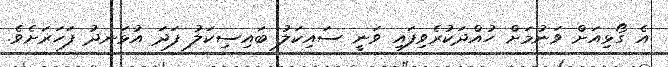
އެ ގޯޅިއަށް ވަނުމަށް ހުއްދަކުރެވިފައި ވަނީ ސައިކަލު ބައިސިކަލު ފަދަ އުޅަނދު ފަހަރަށެވެ.